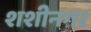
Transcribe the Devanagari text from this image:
शशीनगर